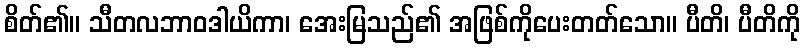
စိတ်၏။ သီတလဘာဝဒါယိကာ၊ အေးမြသည်၏ အဖြစ်ကိုပေးတတ်သော။ ပီတိ၊ ပီတိကို